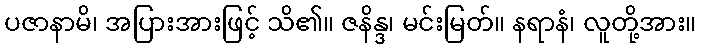
ပဇာနာမိ၊ အပြားအားဖြင့် သိ၏။ ဇနိန္ဒ၊ မင်းမြတ်။ နရာနံ၊ လူတို့အား။